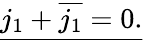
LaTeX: \underline{{j_{1}+{\overline{{j_{1}}}}=0.}}